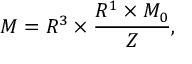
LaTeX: { \cal M } = R ^ { 3 } \times \frac { R ^ { 1 } \times { \cal M } _ { 0 } } { Z } ,